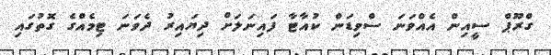
ގްރޫޕް ސީއިން އެއްވަނަ ސްވިޑަން ކުއާޓާ ފައިނަލަށް ދިޔައިރު ދެވަނަ ޓިމެއްގެ ގޮތުގައި